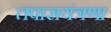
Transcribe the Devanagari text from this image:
तपासयंत्रणा